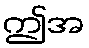
ဤအ